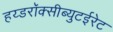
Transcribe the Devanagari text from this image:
हय्डरॉक्सीब्युटईरेट